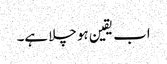
اب یقین ہو چلا ہے۔